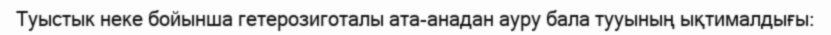
Туыстык неке бойынша гетерозиготалы ата-анадан ауру бала тууының ықтималдығы: